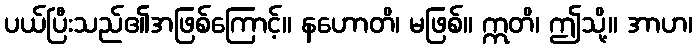
ပယ်ပြီးသည်၏အဖြစ်ကြောင့်။ နဟောတိ၊ မဖြစ်။ ဣတိ၊ ဤသို့။ အာဟ၊